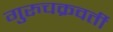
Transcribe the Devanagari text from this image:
गुरुचक्रवर्ती